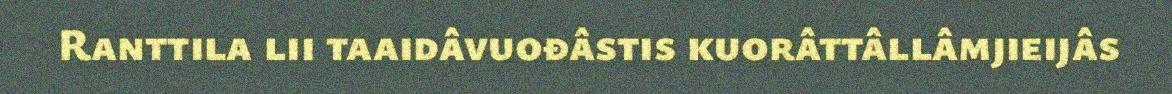
Ranttila lii taaidâvuođâstis kuorâttâllâmjieijâs